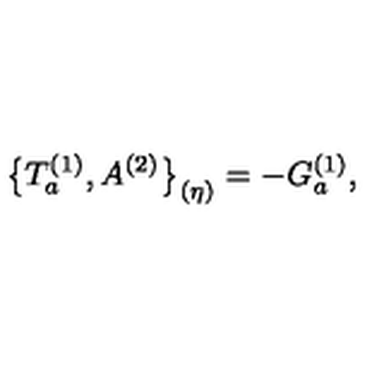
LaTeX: \bigl \{ T _ { a } ^ { ( 1 ) } , A ^ { ( 2 ) } \bigr \} _ { ( \eta ) } = - G _ { a } ^ { ( 1 ) } ,